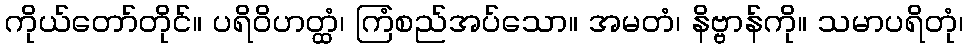
ကိုယ်တော်တိုင်။ ပရိဝိဟတ္ထံ၊ ကြံစည်အပ်သော။ အမတံ၊ နိဗ္ဗာန်ကို။ သမာပရိတုံ၊